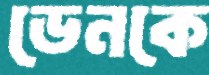
ডেনকে